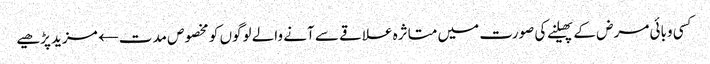
کسی وبائی مرض کے پھیلنے کی صورت میں متاثرہ علاقے سے آنے والے لوگوں کو مخصوص مدت← مزید پڑھیے